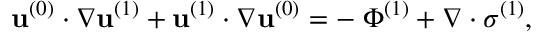
\mathbf { u } ^ { ( 0 ) } \cdot \boldsymbol \nabla \mathbf { u } ^ { ( 1 ) } + \mathbf { u } ^ { ( 1 ) } \cdot \boldsymbol \nabla \mathbf { u } ^ { ( 0 ) } = - \mathbf { \nabla } \Phi ^ { ( 1 ) } + \boldsymbol \nabla \cdot \boldsymbol \sigma ^ { ( 1 ) } ,